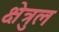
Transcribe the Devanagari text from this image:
क्षेत्रुल